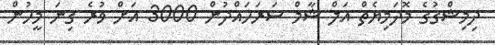
ދިމިޝްގުގެ މޮދަމިޔެތް އަލް ޝާމް ސަރަހައްދުން 3000 އަށް ވުރެ ގިނަ މީހުން